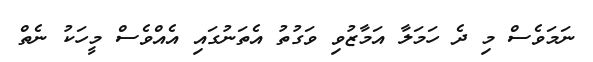
ނަމަވެސް މި ދެ ހަމަލާ އަމާޒުވި ވަގުތު އެތަނުގައި އެއްވެސް މީހަކު ނެތް